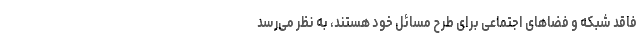
فاقد شبکه‌ و فضاهای اجتماعی برای طرح مسائل خود هستند، به نظر می‌رسد